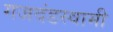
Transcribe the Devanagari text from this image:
गजदंडस्वामी